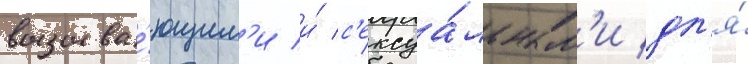
вызыва́ющим'и и́ с'ексуа́льным'и дл'я́